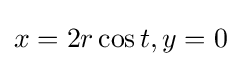
x=2r\cos t,y=0\,\!